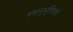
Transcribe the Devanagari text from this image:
स्वानुभूतिमयी